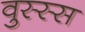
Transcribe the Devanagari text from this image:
वुस्स्स